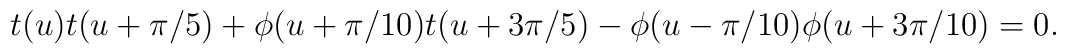
t(u) t(u+\pi/5) + \phi(u+\pi/10) t(u+3\pi/5) - \phi(u-\pi/10) \phi(u+3 \pi/10)=0.\nonumber